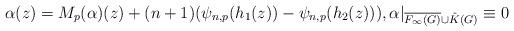
LaTeX: \begin{align*}\alpha (z)=M_{p}(\alpha )(z)+(n+1)(\psi _{n,p}(h_{1}(z))-\psi _{n,p}(h_{2}(z))), \alpha |_{\overline{F_{\infty }(G)}\cup \hat{K}(G)}\equiv 0 \end{align*}